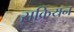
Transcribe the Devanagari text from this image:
सक्रियन